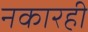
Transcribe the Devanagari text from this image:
नकारही